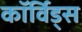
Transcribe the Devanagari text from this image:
कॉर्विड्स